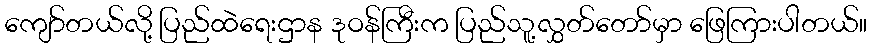
ကျော်တယ်လို့ ပြည်ထဲရေးဌာန ဒုဝန်ကြီးက ပြည်သူ့လွှတ်တော်မှာ ဖြေကြားပါတယ်။